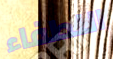
اللطفاء